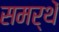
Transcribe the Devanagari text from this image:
समर्थें